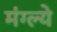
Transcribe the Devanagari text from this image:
मंग्ल्ये